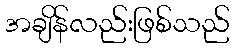
အချိန်လည်းဖြစ်သည်